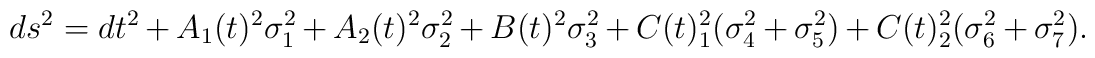
ds^2=dt^2+A_1(t)^2\sigma_1^2+A_2(t)^2\sigma_2^2+B(t)^2\sigma_3^2+C(t)^2_1(\sigma_4^2+\sigma_5^2)+C(t)_2^2(\sigma_6^2+\sigma_7^2).